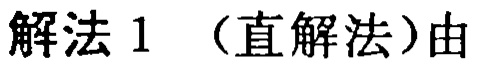
解法 1 （直解法）由